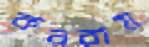
কররাম